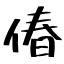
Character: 偆